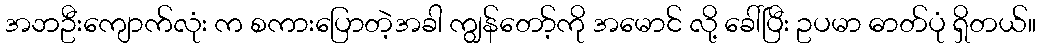
အဘဦးကျောက်လုံး က စကားပြောတဲ့အခါ ကျွန်တော့်ကို အမောင် လို့ ခေါ်ပြီး ဥပမာ ဓာတ်ပုံ ရှိတယ်။